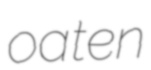
oaten